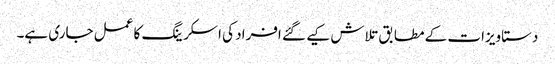
دستاویزات کے مطابق تلاش کیے گئے افراد کی اسکرینگ کا عمل جاری ہے۔